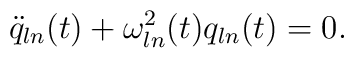
\ddot{q}_{ln}(t)+\omega_{ln}^{2}(t)q_{ln}(t)=0.